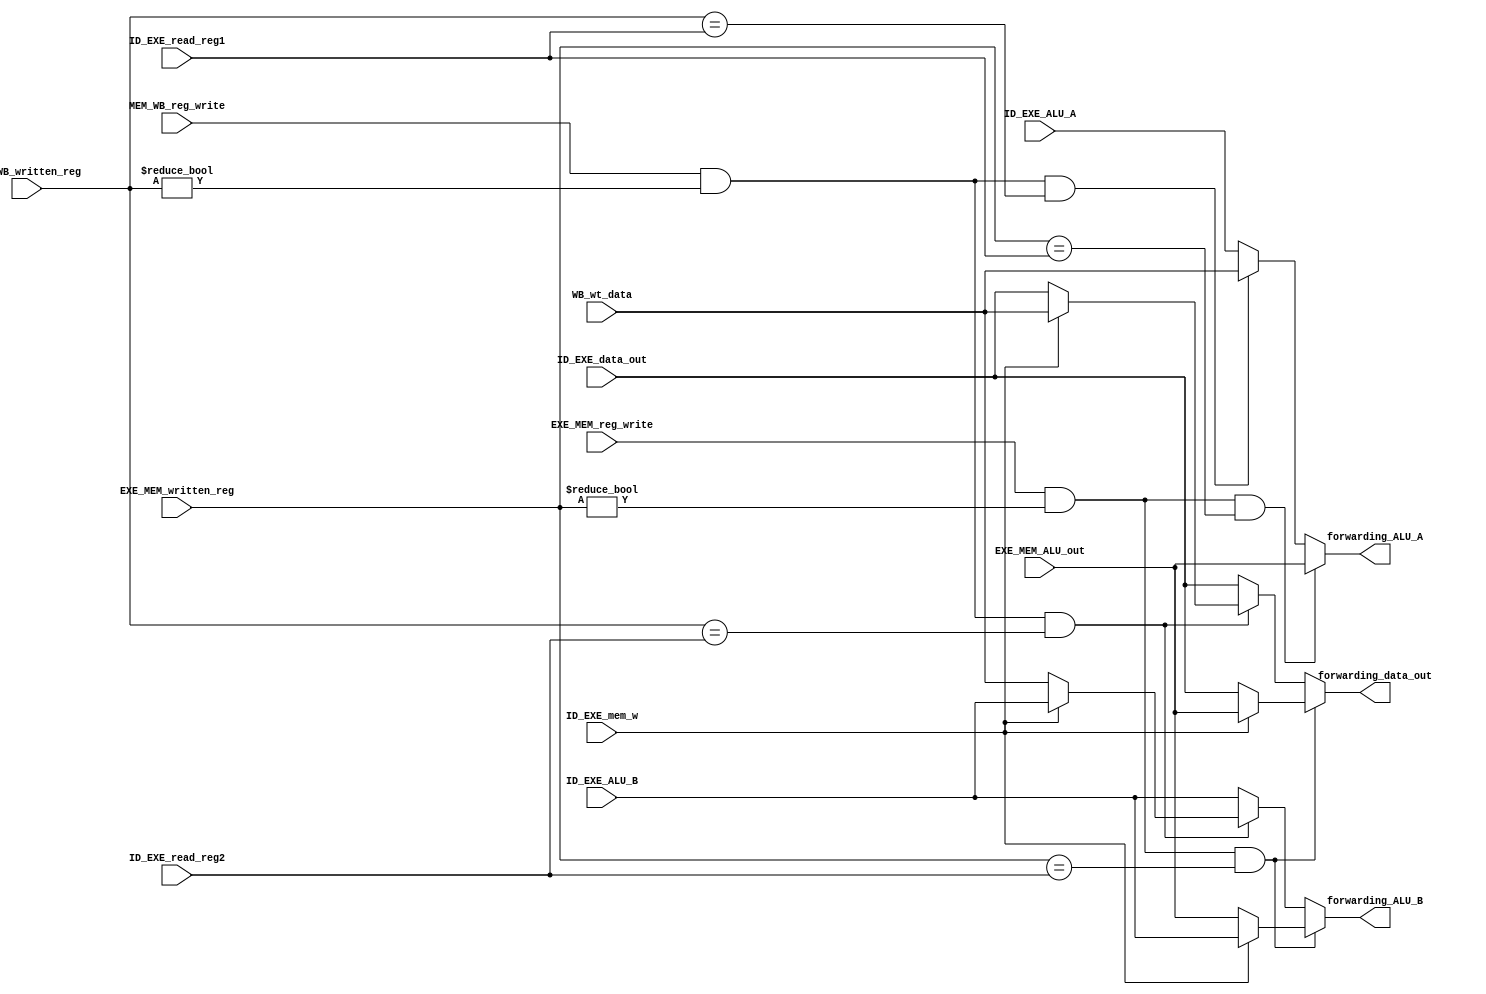
`timescale 1ns / 1ps
//////////////////////////////////////////////////////////////////////////////////
// Company: 
// Engineer: 
// 
// Design Name: 
// Module Name: forwarding_unit
// Project Name: 
// Target Devices: 
// Tool Versions: 
// Description: 
// 
// Dependencies: 
// 
// Revision:
// Revision 0.01 - File Created
// Additional Comments:
// 
//////////////////////////////////////////////////////////////////////////////////


module forwarding_unit(
		input [4:0] ID_EXE_read_reg1,
		input [4:0] ID_EXE_read_reg2,
		input [31:0] ID_EXE_ALU_A,
		input [31:0] ID_EXE_ALU_B,
		input [31:0] ID_EXE_data_out,
		input ID_EXE_mem_w,
		
		input EXE_MEM_reg_write,
		input [4:0] EXE_MEM_written_reg,
		input [31:0] EXE_MEM_ALU_out,
		
		input MEM_WB_reg_write,
		input [4:0] MEM_WB_written_reg,
		input [31:0] WB_wt_data,
		
		output reg [31:0] forwarding_ALU_A,
		output reg [31:0] forwarding_ALU_B,
		output reg [31:0] forwarding_data_out
    );
	
	reg forwarding_flag_A;
	reg forwarding_flag_B;
	reg forwarding_flag_data;
	
	always @(*)begin
		// Default no forwarding
		forwarding_ALU_A = ID_EXE_ALU_A;
		forwarding_ALU_B = ID_EXE_ALU_B;
		forwarding_data_out = ID_EXE_data_out;
		
		forwarding_flag_A=0;
		forwarding_flag_B=0;
		forwarding_flag_data=0;
		// forwarding for read1
		/// forwarding EXE_MEM -> EXE
		if (EXE_MEM_reg_write == 1'b1 && EXE_MEM_written_reg != 0 && 
		  EXE_MEM_written_reg == ID_EXE_read_reg1) begin
			forwarding_ALU_A = EXE_MEM_ALU_out;
			forwarding_flag_A=1;
		end
		/// forwarding MEM_WB -> EXE
		else if (MEM_WB_reg_write == 1'b1 && MEM_WB_written_reg != 0 && 
		  MEM_WB_written_reg == ID_EXE_read_reg1) begin
			forwarding_ALU_A = WB_wt_data;
			forwarding_flag_A=1;
		end	
		// forwarding for read2
		/// forwarding EXE_MEM -> EXE
		if (EXE_MEM_reg_write == 1'b1 && EXE_MEM_written_reg != 0 && 
		  EXE_MEM_written_reg == ID_EXE_read_reg2) begin
			if (ID_EXE_mem_w == 0) begin // ~sw
				forwarding_ALU_B = EXE_MEM_ALU_out;
				forwarding_flag_B=1;
			end
			else begin // sw
				forwarding_data_out = EXE_MEM_ALU_out;
				forwarding_flag_data=1;
			end
		end
		/// forwarding MEM_WB -> EXE
		else if (MEM_WB_reg_write == 1'b1 && MEM_WB_written_reg != 0 && 
		  MEM_WB_written_reg == ID_EXE_read_reg2)
			if (ID_EXE_mem_w == 0) begin // ~sw
				forwarding_ALU_B = WB_wt_data;
				forwarding_flag_B=1;
			end
			else begin // sw
				forwarding_data_out = WB_wt_data;
				forwarding_flag_data=1;
			end
	end
endmodule